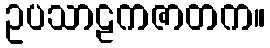
ဥပသာဠကဇာတက။